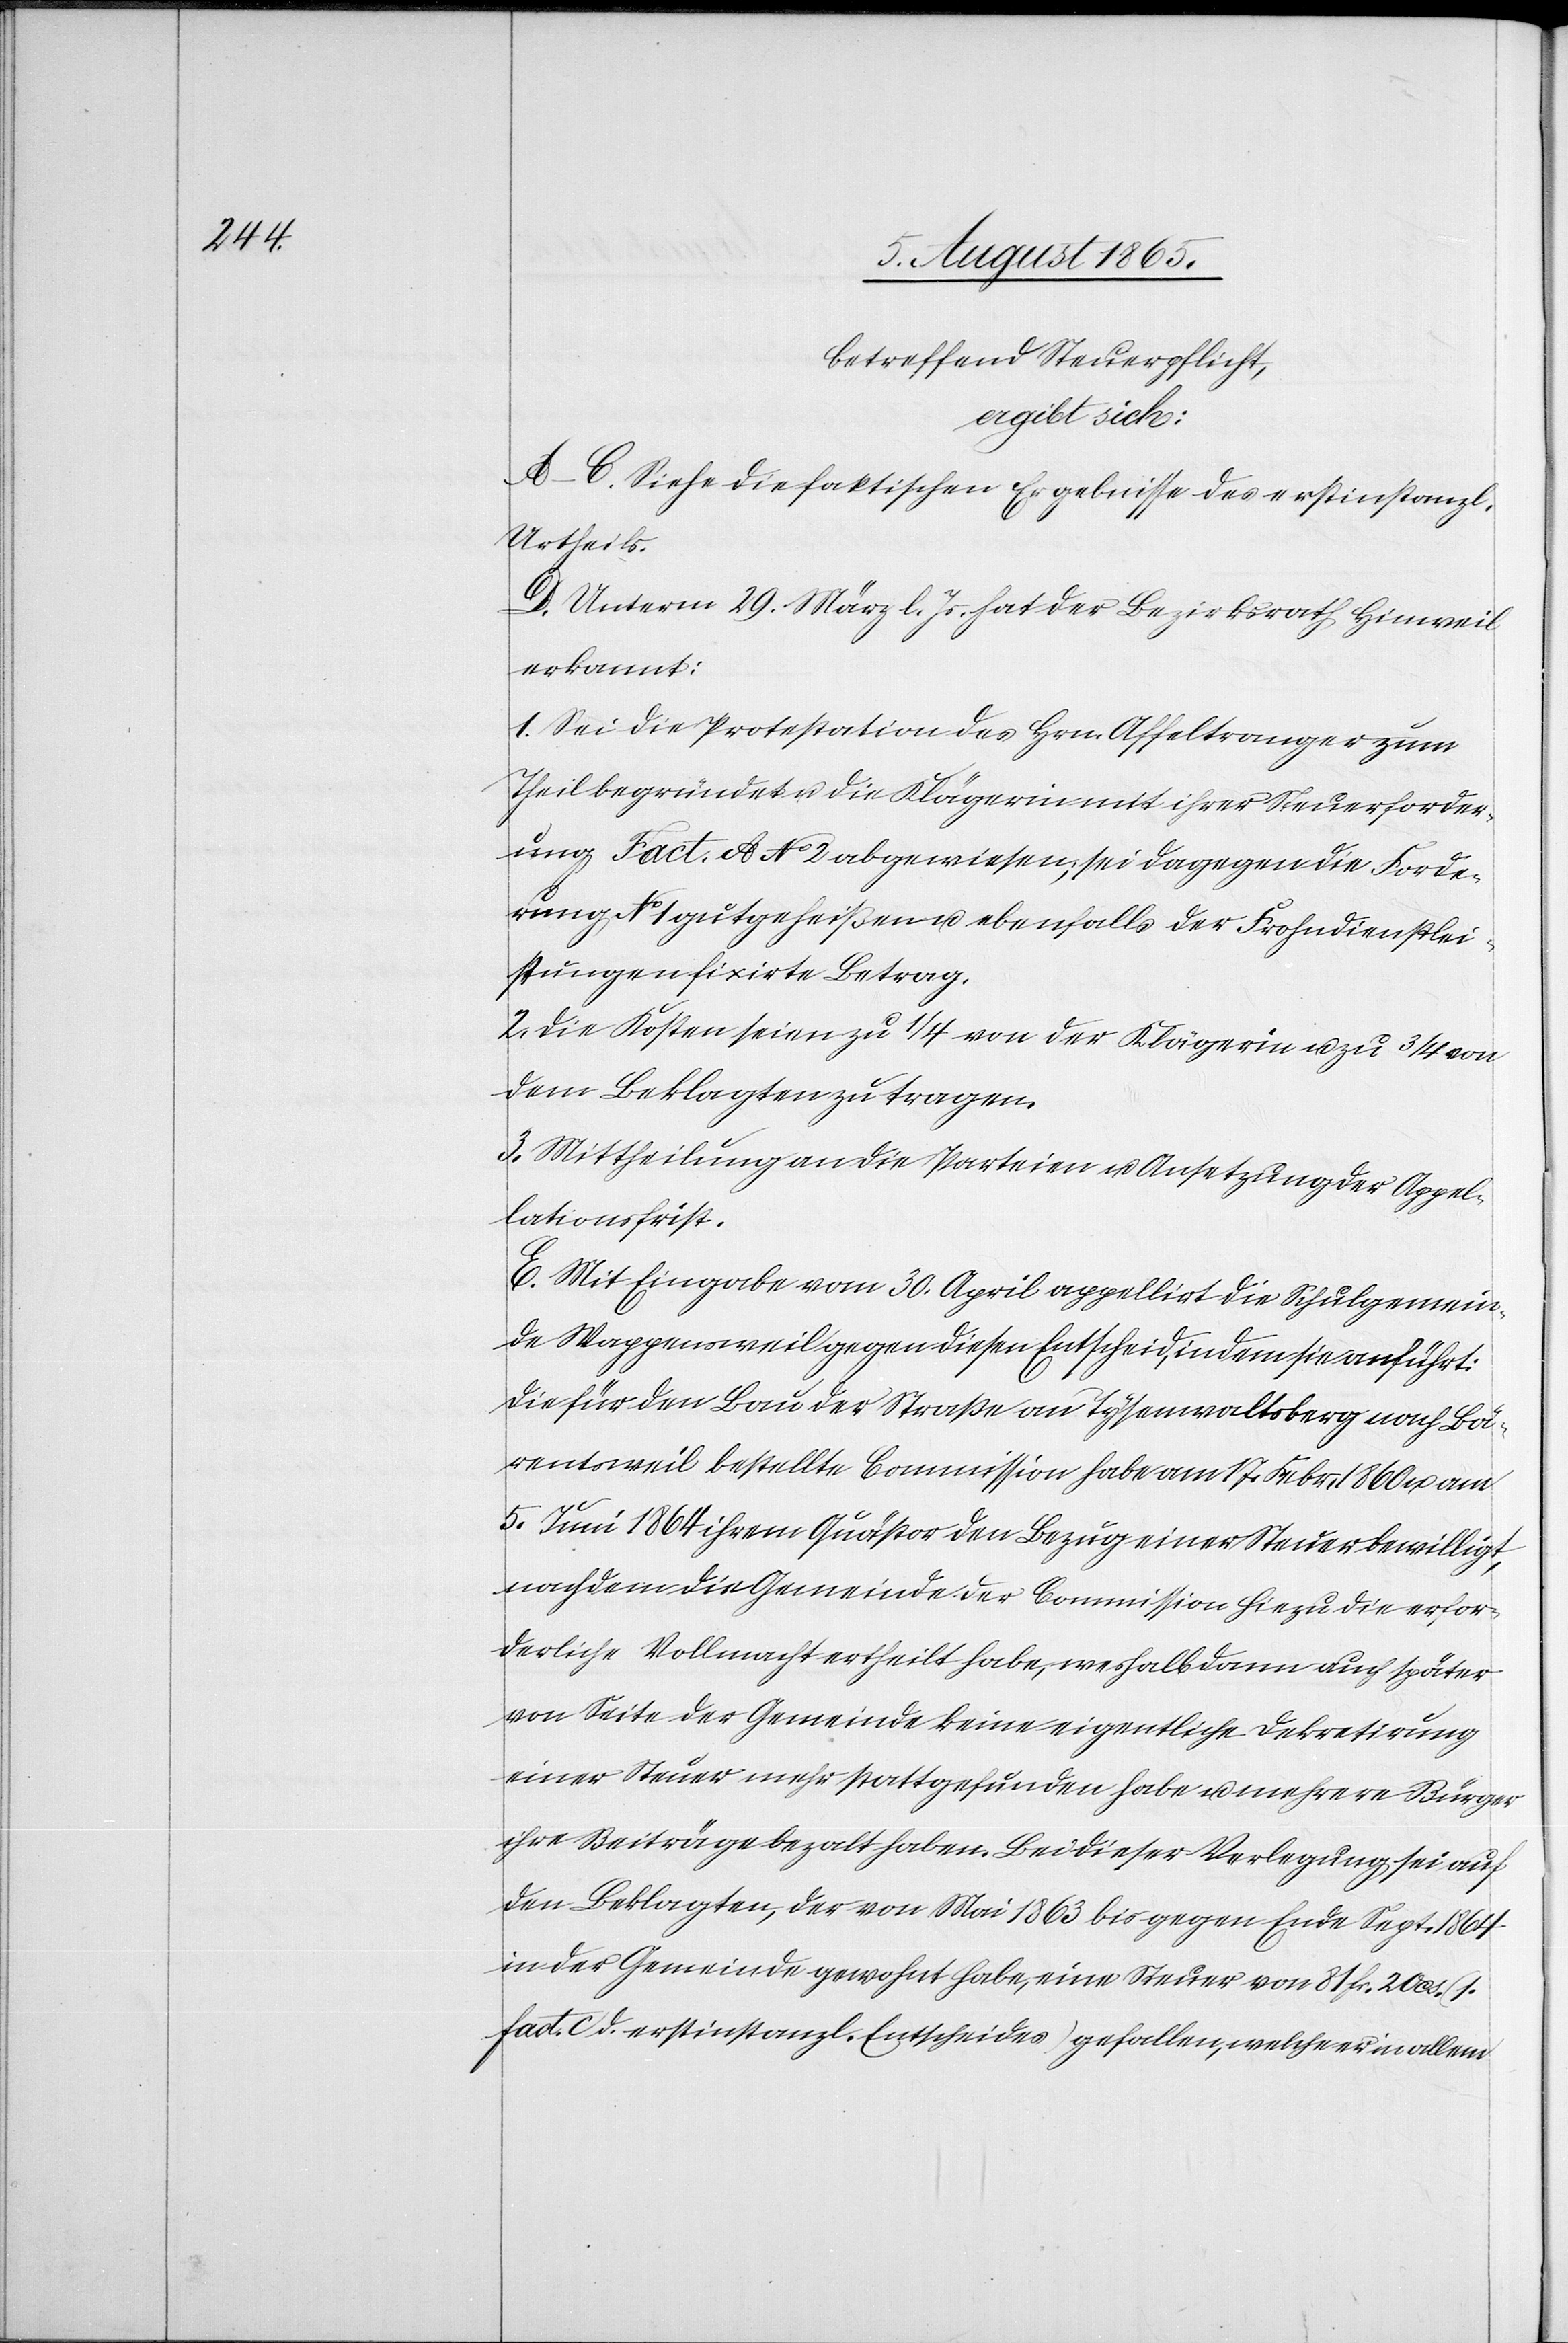
betreffend Steuerpflicht,
A–C. Siehe die faktischen Ergebnisse des erstinstanzl.
Urhteils.
D. Unterm 29. März l. Js. hat der Bezirksrath Hinweil
erkannt:
1. Sei die Protestation des Hrn. Affeltranger zum
Theil begründet u. die Klägerin mit ihrer Steuerforder¬
ung Fact. A No 2 abgewiesen; sei dagegen die Forde¬
rung No 1 gutgeheißen u. ebenfalls der Frohndienstlei¬
stungen fixirte Betrag.
2. Die Kosten seien zu ¼ von der Klägerin u. zu ¾ von
dem Beklagten zu tragen.
3. Mittheilung an die Parteien u. Ansetzung der Appel¬
lationsfrist.
E. Mit Eingabe vom 30. April appellirt die Schulgemein¬
de Wappensweil gegen diesen Entscheid, indem sie anführt:
Die für den Bau der Straße an Tysenwaltsberg nach Bä¬
rentsweil bestellte Commission habe am 17. Febr. 1860 u. am
5. Juni 1864 ihrem Quästor den Bezug einer Steuer bewilligt,
nachdem die Gemeinde der Commission hiezu die erfor¬
derliche Vollmacht ertheilt habe, weshalb dann auch später
von Seite der Gemeinde keine eigentliche Dekretirung
einer Steuer mehr stattgefunden habe u. mehrere Bürger
ihre Beiträge bezalt haben. Bei dieser Verlegung sei auf
den Beklagten, der von Mai 1863 bis gegen Ende Sept. 1864
in der Gemeinde gewohnt habe, eine Steuer von 81 fr. 20 cs. (1.
fact. c d. erstinstanzl. Entscheides) gefallen, welche er in allem